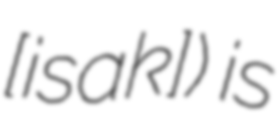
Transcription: ​[ʒisak]) is